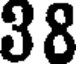
38